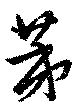
苐